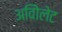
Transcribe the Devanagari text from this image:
अविोलेट